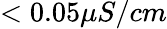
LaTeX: <0.05\mu S/cm